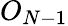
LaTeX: O_{N-1}